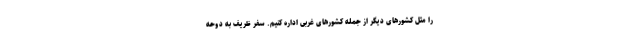
را مثل کشورهای دیگر از جمله کشورهای غربی اداره کنیم. سفر ظریف به دوحه